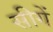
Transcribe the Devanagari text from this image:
सीगें